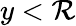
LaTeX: y<\mathcal{R}